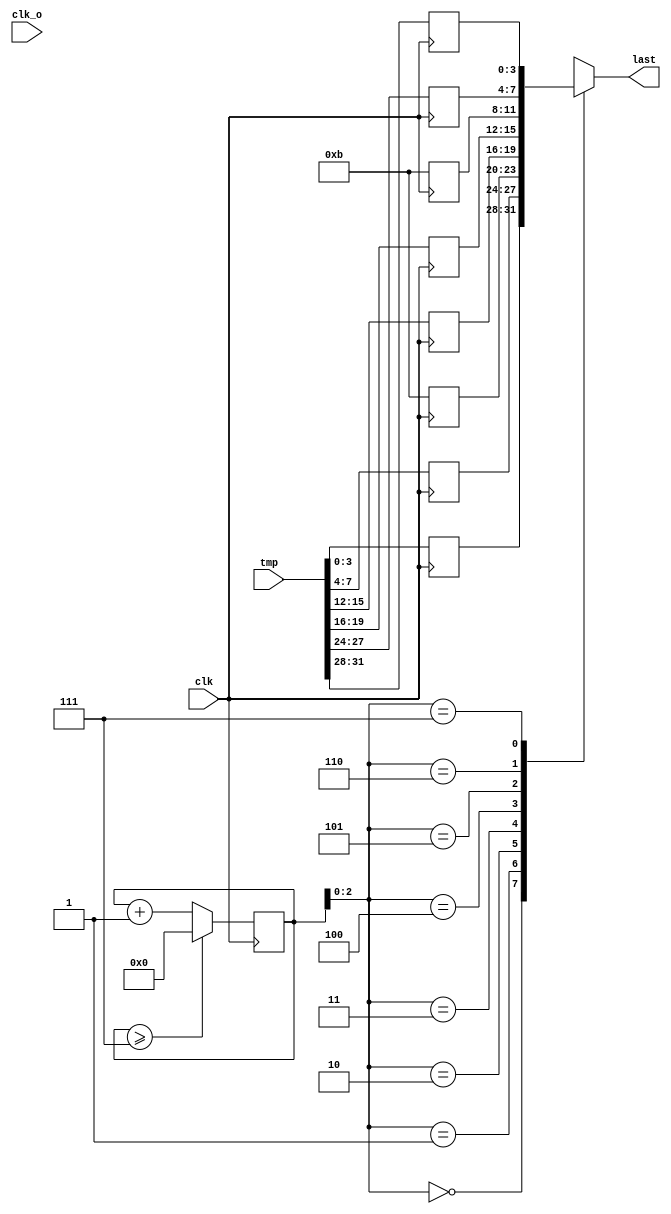
`timescale 1ns / 1ps

module words_stopwatch(last,clk,clk_o,tmp);
    
    input clk,clk_o;
    output reg[3:0]last;
    input [31:0]tmp;
  
    reg [3:0]se[0:7];
    reg [3:0]counter=0;
    reg [7:0]pwm = 0;
    
    
    always@(posedge clk) begin
        se[7] <= tmp[31:28];
        se[6] <= tmp[27:24];
        se[5] <= 4'hb;
        se[4] <= tmp[19:16];
        se[3] <= tmp[15:12];
        se[2] <= 4'hb;
        se[1] <= tmp[7:4];
        se[0] <= tmp[3:0];
    end
          
        
   always@(posedge clk) begin
        if(counter >= 7)
            counter <= 0;
        else
            counter <= counter + 1;
        end
   always@(counter) begin
       last <= se[counter]; 
   end
    
endmodule